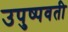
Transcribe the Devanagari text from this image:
उपुष्पवती